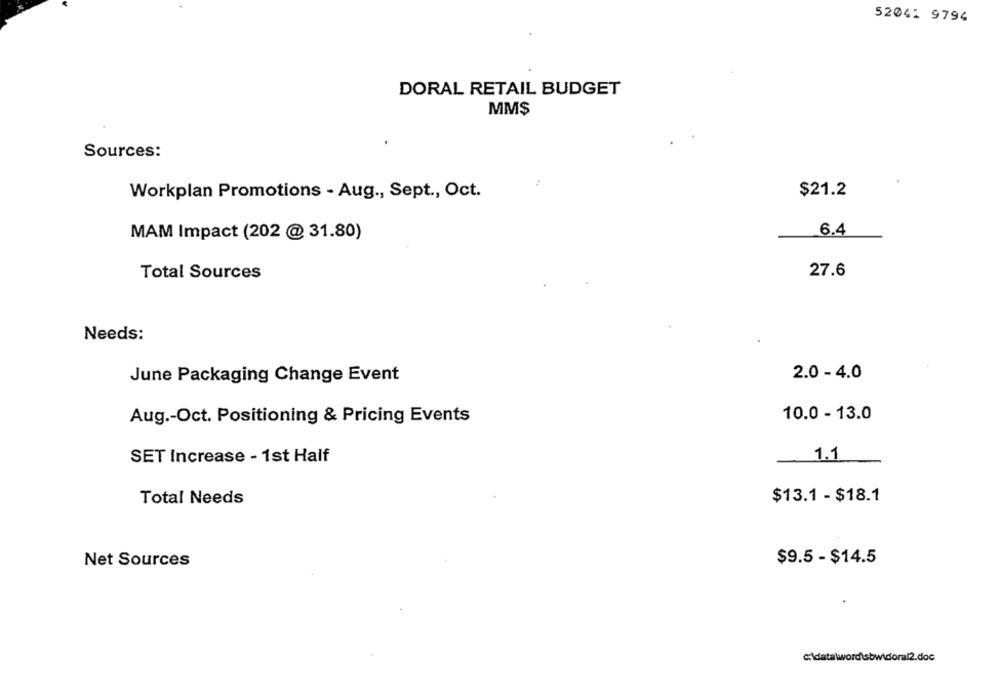
52041 9794
DORAL RETAIL BUDGET
MM$
Sources:
Workplan Promotions - Aug ., Sept ., Oct.
$21.2
MAM Impact (202 @ 31.80)
6.4
Total Sources
27.6
Needs:
2.0 - 4.0
June Packaging Change Event
Aug .- Oct. Positioning & Pricing Events
10.0 - 13.0
SET Increase - 1st Half
1.1
Total Needs
$13.1 - $18.1
Net Sources
$9.5 - $14.5
c:\data\wordsbwidoral2.doc